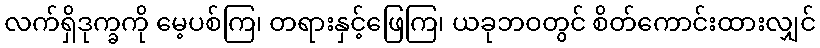
လက်ရှိဒုက္ခကို မေ့ပစ်ကြ၊ တရားနှင့်ဖြေကြ၊ ယခုဘဝတွင် စိတ်ကောင်းထားလျှင်